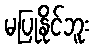
မပြုနိုင်ဘူး